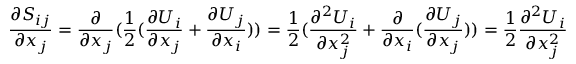
\frac { \partial S _ { i j } } { \partial x _ { j } } = \frac { \partial } { \partial x _ { j } } ( \frac { 1 } { 2 } ( \frac { \partial U _ { i } } { \partial x _ { j } } + \frac { \partial U _ { j } } { \partial x _ { i } } ) ) = \frac { 1 } { 2 } ( \frac { \partial ^ { 2 } U _ { i } } { \partial x _ { j } ^ { 2 } } + \frac { \partial } { \partial x _ { i } } ( \frac { \partial U _ { j } } { \partial x _ { j } } ) ) = \frac { 1 } { 2 } \frac { \partial ^ { 2 } U _ { i } } { \partial x _ { j } ^ { 2 } }